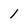
Character: 1